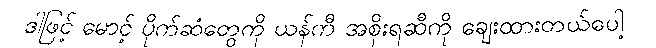
ဒါဖြင့် မောင့် ပိုက်ဆံတွေကို ယန်ကီ အစိုးရဆီကို ချေးထားတယ်ပေါ့